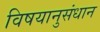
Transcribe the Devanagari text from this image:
विषयानुसंधान